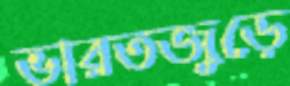
ভারতজুড়ে